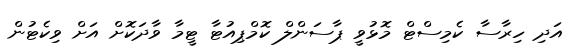
އަދި ހިރާސާ ކެމިސްޓް މޮޅުވީ ޕާސަންލް ކޮމްޕިއުޓާ ޓީމާ ވާދަކޮށް އަށް ވިކެޓުން